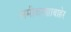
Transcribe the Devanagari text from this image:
समीकरणाबाहेर